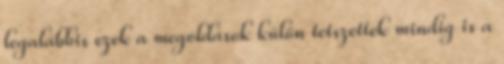
legalábbis ezek a megoldások külön tetszettek mindig is a